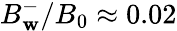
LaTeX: B_{\mathbf{w}}^{-}/B_{0}\approx0.02